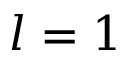
l = 1